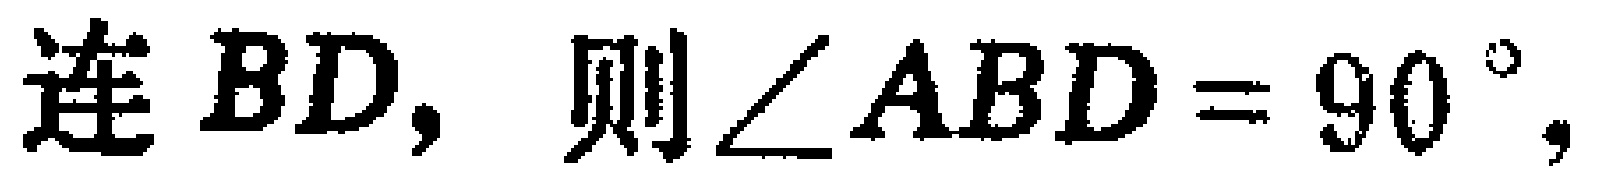
连 \(BD\)，则\(\angle ABD = 90^{\circ}\)，